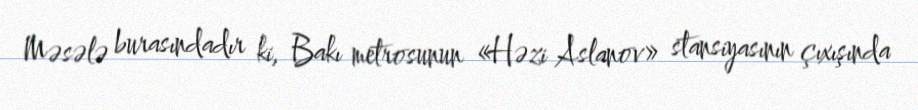
Məsələ burasındadır ki, Bakı metrosunun «Həzi Aslanov» stansiyasının çıxışında